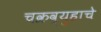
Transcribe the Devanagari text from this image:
चक्रव्युहाचे